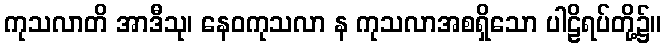
ကုသလာတိ အာဒီသု၊ နေဝကုသလာ န ကုသလာအစရှိသော ပါဠိရပ်တို့၌။